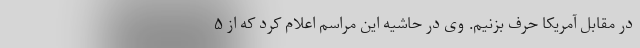
در مقابل آمریکا حرف بزنیم. وی در حاشیه این مراسم اعلام کرد که از ۵